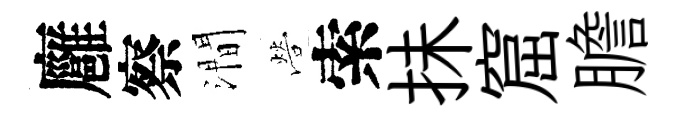
廱察澗營索抺窟膽